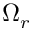
\Omega _ { r }